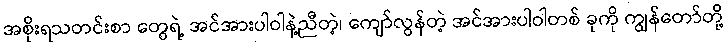
အစိုးရသတင်းစာ တွေရဲ့ အင်အားပါဝါနဲ့ညီတဲ့၊ ကျော်လွန်တဲ့ အင်အားပါဝါတစ် ခုကို ကျွန်တော်တို့